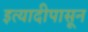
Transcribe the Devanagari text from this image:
इत्यादीपासून